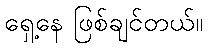
ရှေ့နေ ဖြစ်ချင်တယ်။